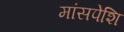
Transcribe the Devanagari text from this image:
मांसपेशि